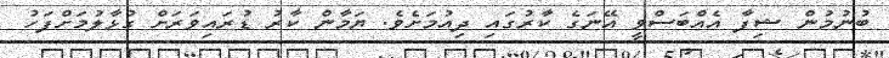
ބުނުމުން ޝިފާ އެއްބަސްވީ އޭނަގެ ކާރުގައި ދިއުމަށެވެ. ޔަމާން ކާރު ޑުރައިވަރަށް ގުޅާލުމަށްފަހު